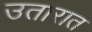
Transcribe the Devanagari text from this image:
उतारात